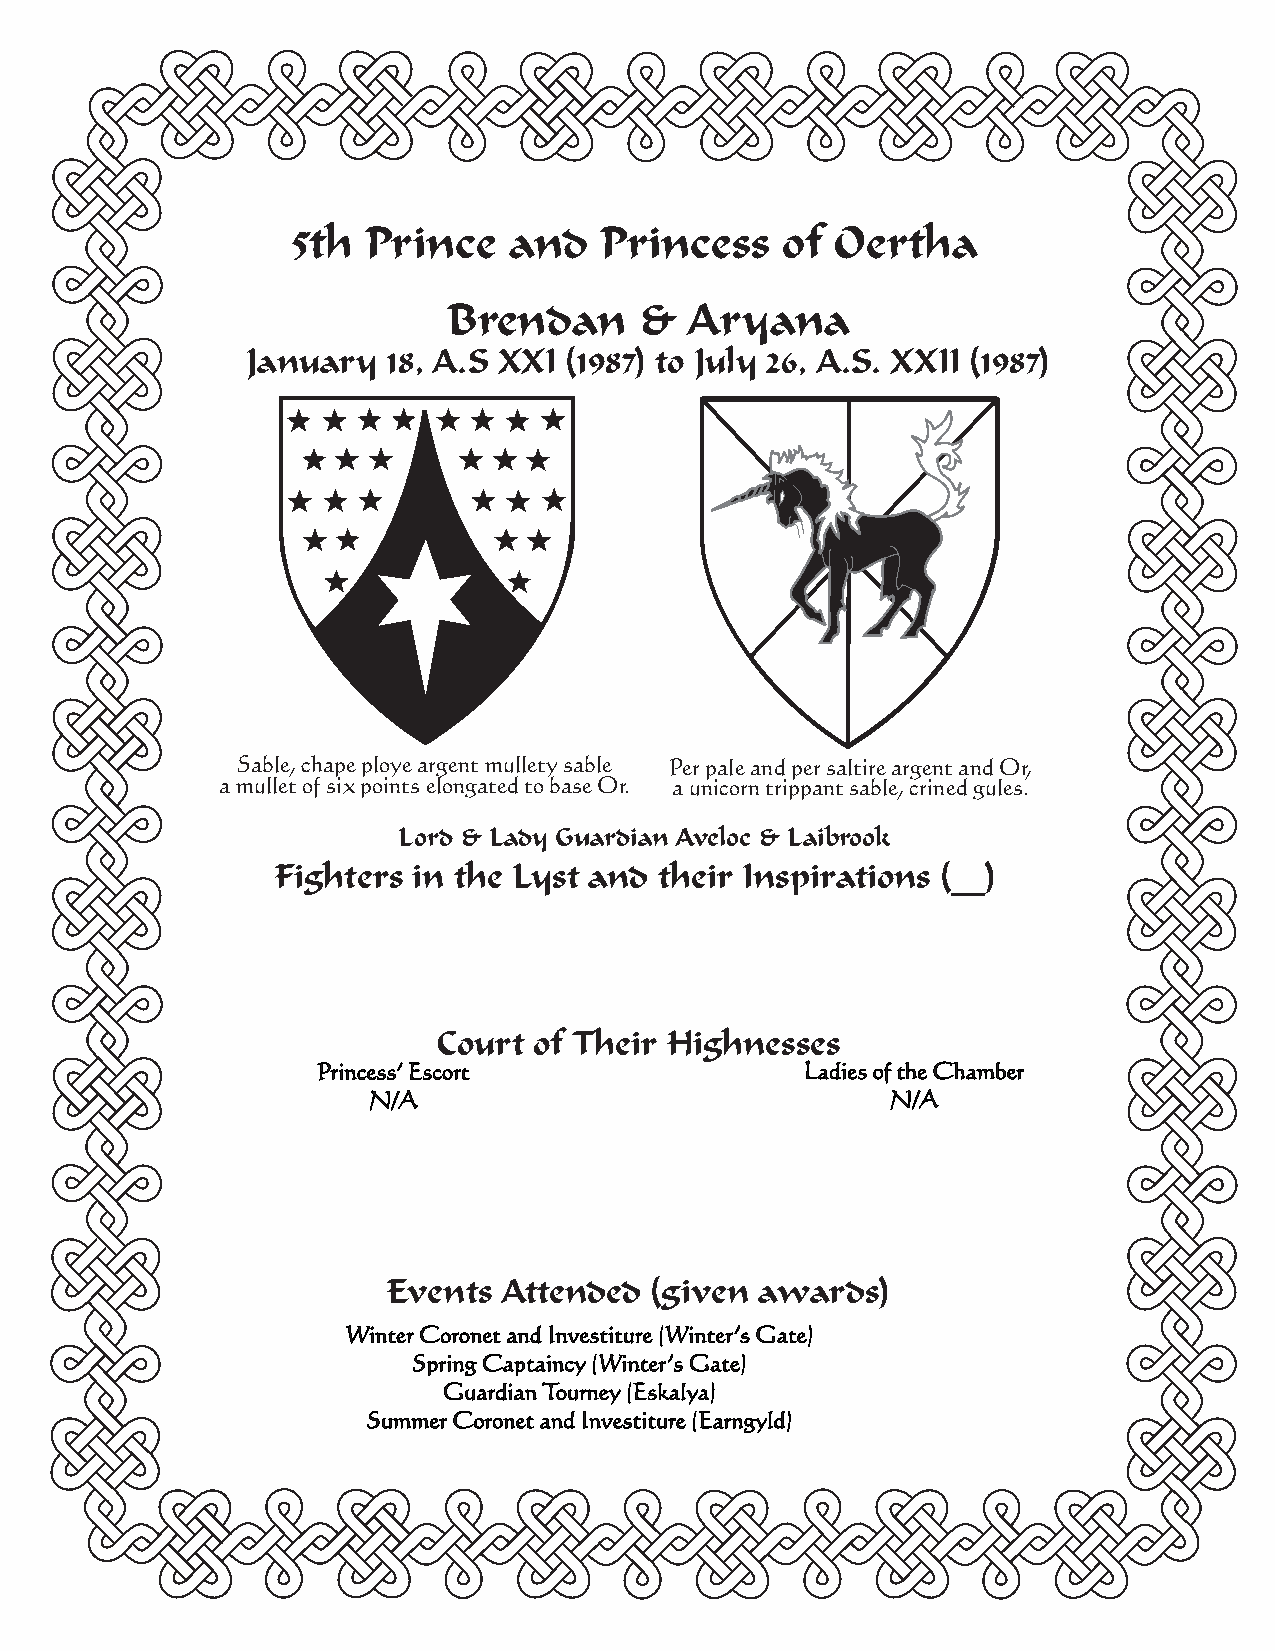
5th  Prince    and   Princess    of Oertha
 Brendan     &   Aryana
 January   18, A.S XXI (1987) to July 26, A.S. XXII (1987)
 Sable, chape ploye argent mullety sable Per pale and per saltire argent and Or,
 a mullet of six points elongated to base Or. a unicorn trippant sable, crined gules.
 Lord & Lady Guardian Aveloc & Laibrook
 Fighters in the Lyst and  their Inspirations (__)
 CCoouurrtt ooff TThheeiirr HHiigghhnneesssseess
 Princess’ Escort                Ladies of the Chamber
 N/A                                N/A
 Events Attended  (given awards)
 Winter Coronet and Investiture (Winter’s Gate)
 Spring Captaincy (Winter’s Gate)
 Guardian Tourney (Eskalya)
 Summer Coronet and Investiture (Earngyld)